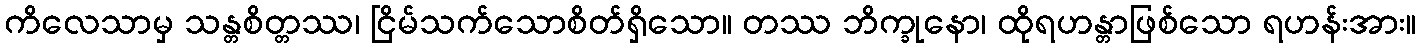
ကိလေသာမှ သန္တစိတ္တဿ၊ ငြိမ်သက်သောစိတ်ရှိသော။ တဿ ဘိက္ခုနော၊ ထိုရဟန္တာဖြစ်သော ရဟန်းအား။